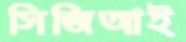
সিজিআই